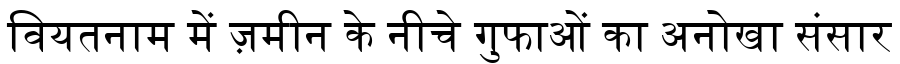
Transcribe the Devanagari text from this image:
वियतनाम में ज़मीन के नीचे गुफाओं का अनोखा संसार